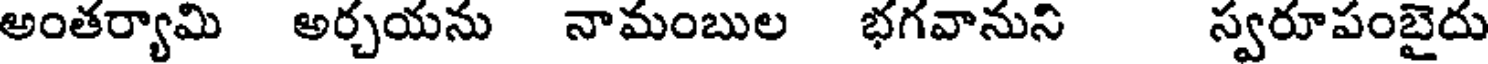
అంతర్యామి అర్చయను నామంబుల భగవానుని స్వరూపంబైదు